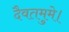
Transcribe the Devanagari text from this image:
दैवतमुमे।